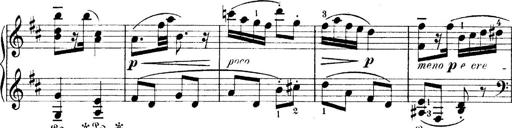
Title: 4 Sonatines
Composer: Max Reger